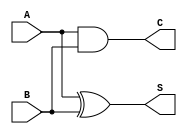
module CarryLookaheadHalfAdder (
    input wire A,      // First single-bit input
    input wire B,      // Second single-bit input
    output wire S,     // Sum output
    output wire C      // Carry output
);

// Internal signals for generate and propagate
wire G; // Generate
wire P; // Propagate

// Generate and Propagate logic
assign G = A & B;  // Carry generation
assign P = A ^ B;  // Carry propagation

// Sum and Carry outputs
assign S = P;      // Sum output (S = A  B)
assign C = G;      // Carry output (C = A  B)

endmodule